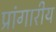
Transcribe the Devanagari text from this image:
प्रांगारीय